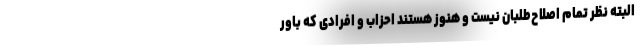
البته نظر تمام اصلاح‌طلبان نیست و هنوز هستند احزاب و افرادی که باور